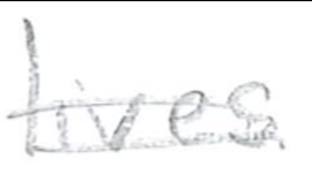
Text: lives
Cross-out: double-line
Writing tool: pencil